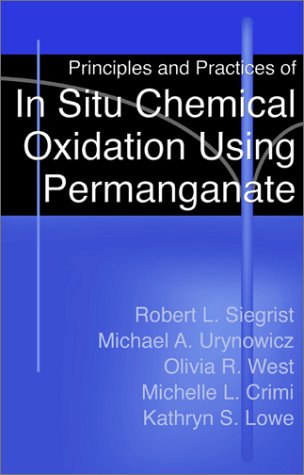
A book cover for Principles and Practices of in Situ Chemical Oxidation Using Permanganate; Robert L. Siegrist; Science & Math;